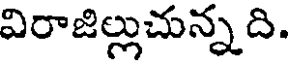
విరాజిల్లుచున్నది.